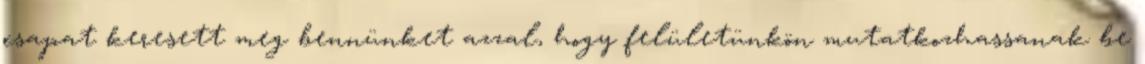
csapat keresett meg bennünket azzal, hogy felületünkön mutatkozhassanak be